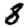
Digit: 8